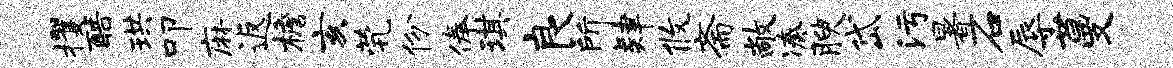
攫酷珙叩麻返檐亥茕份俸琪良所肄攸斋敞凑腴岱污暑石辱蔓